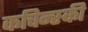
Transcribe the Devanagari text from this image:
कचिन्स्की